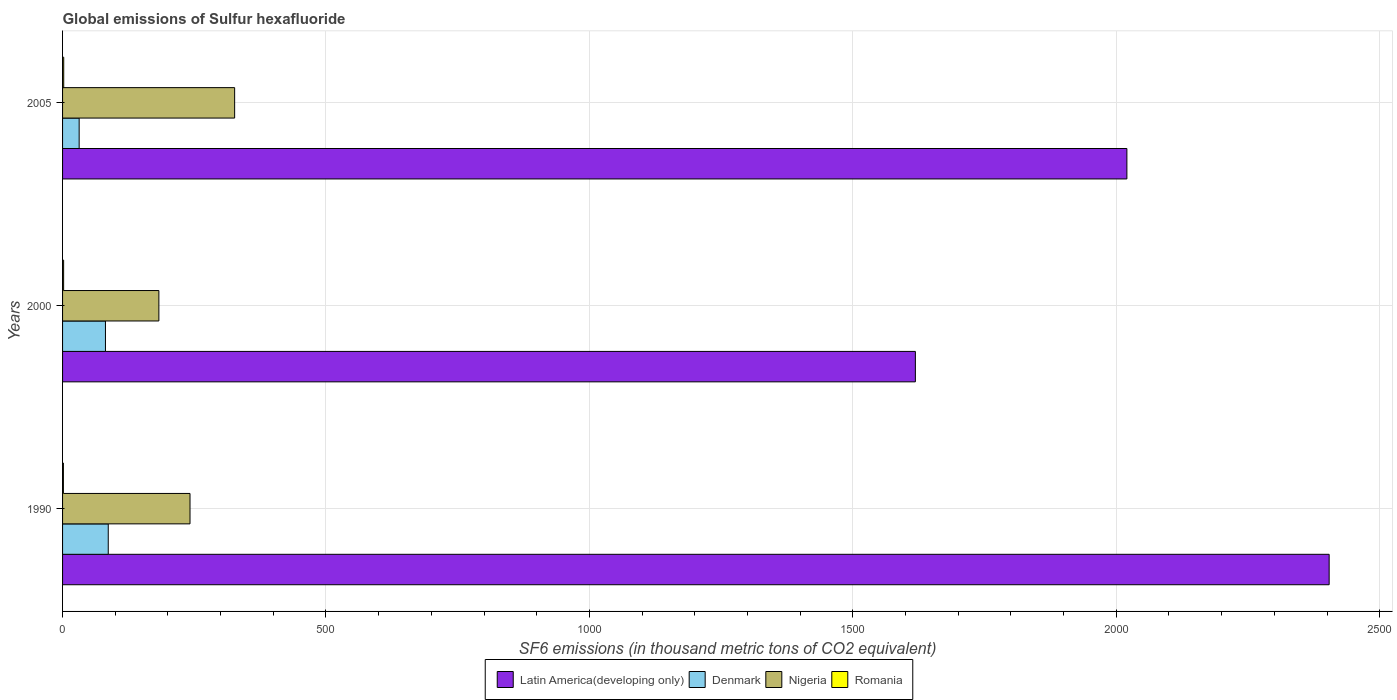
| Years | Latin America(developing only) | Denmark | Nigeria | Romania |
 | --- | --- | --- | --- | --- |
 | 1990 | 2.4e+03 | 86.7 | 242 | 1.6 |
 | 2000 | 1.62e+03 | 81.4 | 183 | 2 |
 | 2005 | 2.02e+03 | 31.5 | 327 | 2.2 |